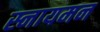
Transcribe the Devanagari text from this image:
स्नायमन